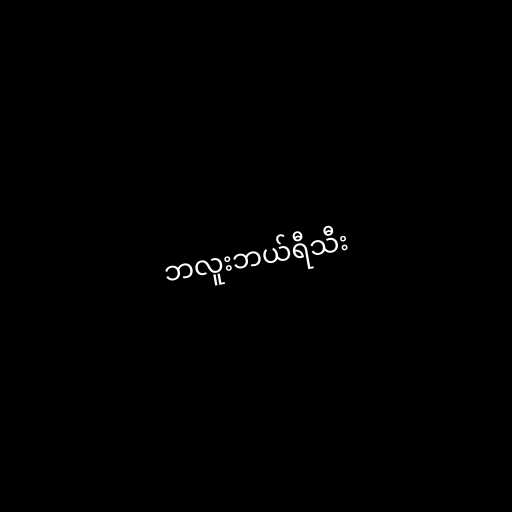
ဘလူးဘယ်ရီသီး